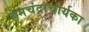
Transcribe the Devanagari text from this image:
हेमचंद्राचार्यका